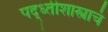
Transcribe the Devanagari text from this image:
पद्ध्तीशास्त्राचं